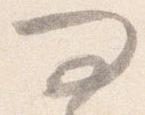
問